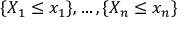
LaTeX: \{ X _ { 1 } \leq x _ { 1 } \} , \ldots , \{ X _ { n } \leq x _ { n } \}